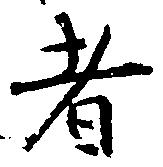
者